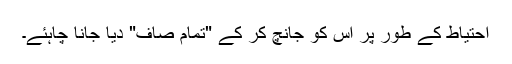
احتیاط کے طور پر اس کو جانچ کر کے "تمام صاف" دیا جانا چاہئے۔